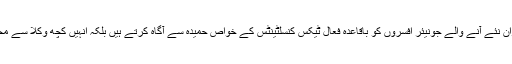
یہ بات بھی ہمارے علم میں آئی کہ سینئر افسران نئے آنے والے جونیئر افسروں کو باقاعدہ فعال ٹیکس کنسلٹینٹس کے خواص حمیدہ سے آگاہ کرتے ہیں بلکہ انہیں کچھ وکلا سے محتاط رہنے کی تنبیہ اور تاکید بھی کرتے ہیں ۔